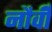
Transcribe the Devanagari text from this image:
नौवीँ